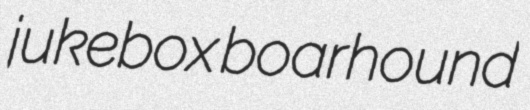
jukebox boarhound